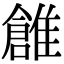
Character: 𩀞